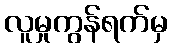
လူမှုကွန်ရက်မှ